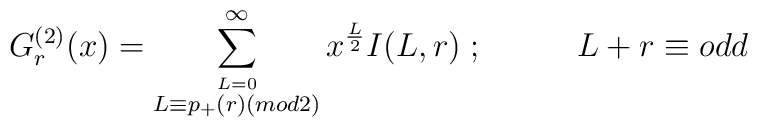
G_r^{(2)}(x)=\sum^{\infty}_{\stackrel{L=0}{L\equiv p_{+}(r)(mod2)}}x^{\frac{L}{2}}I(L,r)\;;\;\;\;\;\;\;\;\;\;\;L+r\equiv odd